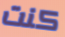
كنت